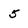
Character: 5